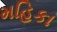
મહિકા